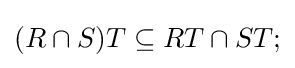
(R\cap S)T\subseteq RT\cap ST;